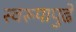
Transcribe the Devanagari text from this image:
स्वरूपापुढे